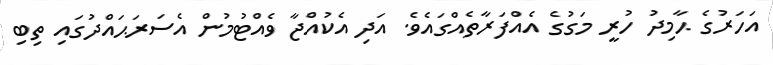
އަހަރުގެ ޙާމިދު ހުރީ މަގުގެ އެއްފަރާތެއްގައެވެ. އަދި އެކުއްޖާ ވެއްޓުމުން އެސަރަޙައްދުގައި ތިބި